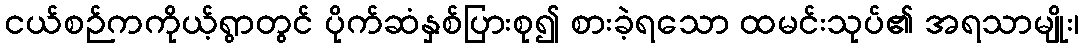
ငယ်စဉ်ကကိုယ့်ရွာတွင် ပိုက်ဆံနှစ်ပြားစု၍ စားခဲ့ရသော ထမင်းသုပ်၏ အရသာမျိုး၊